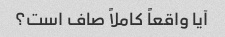
آیا واقعاً کاملاً صاف است؟